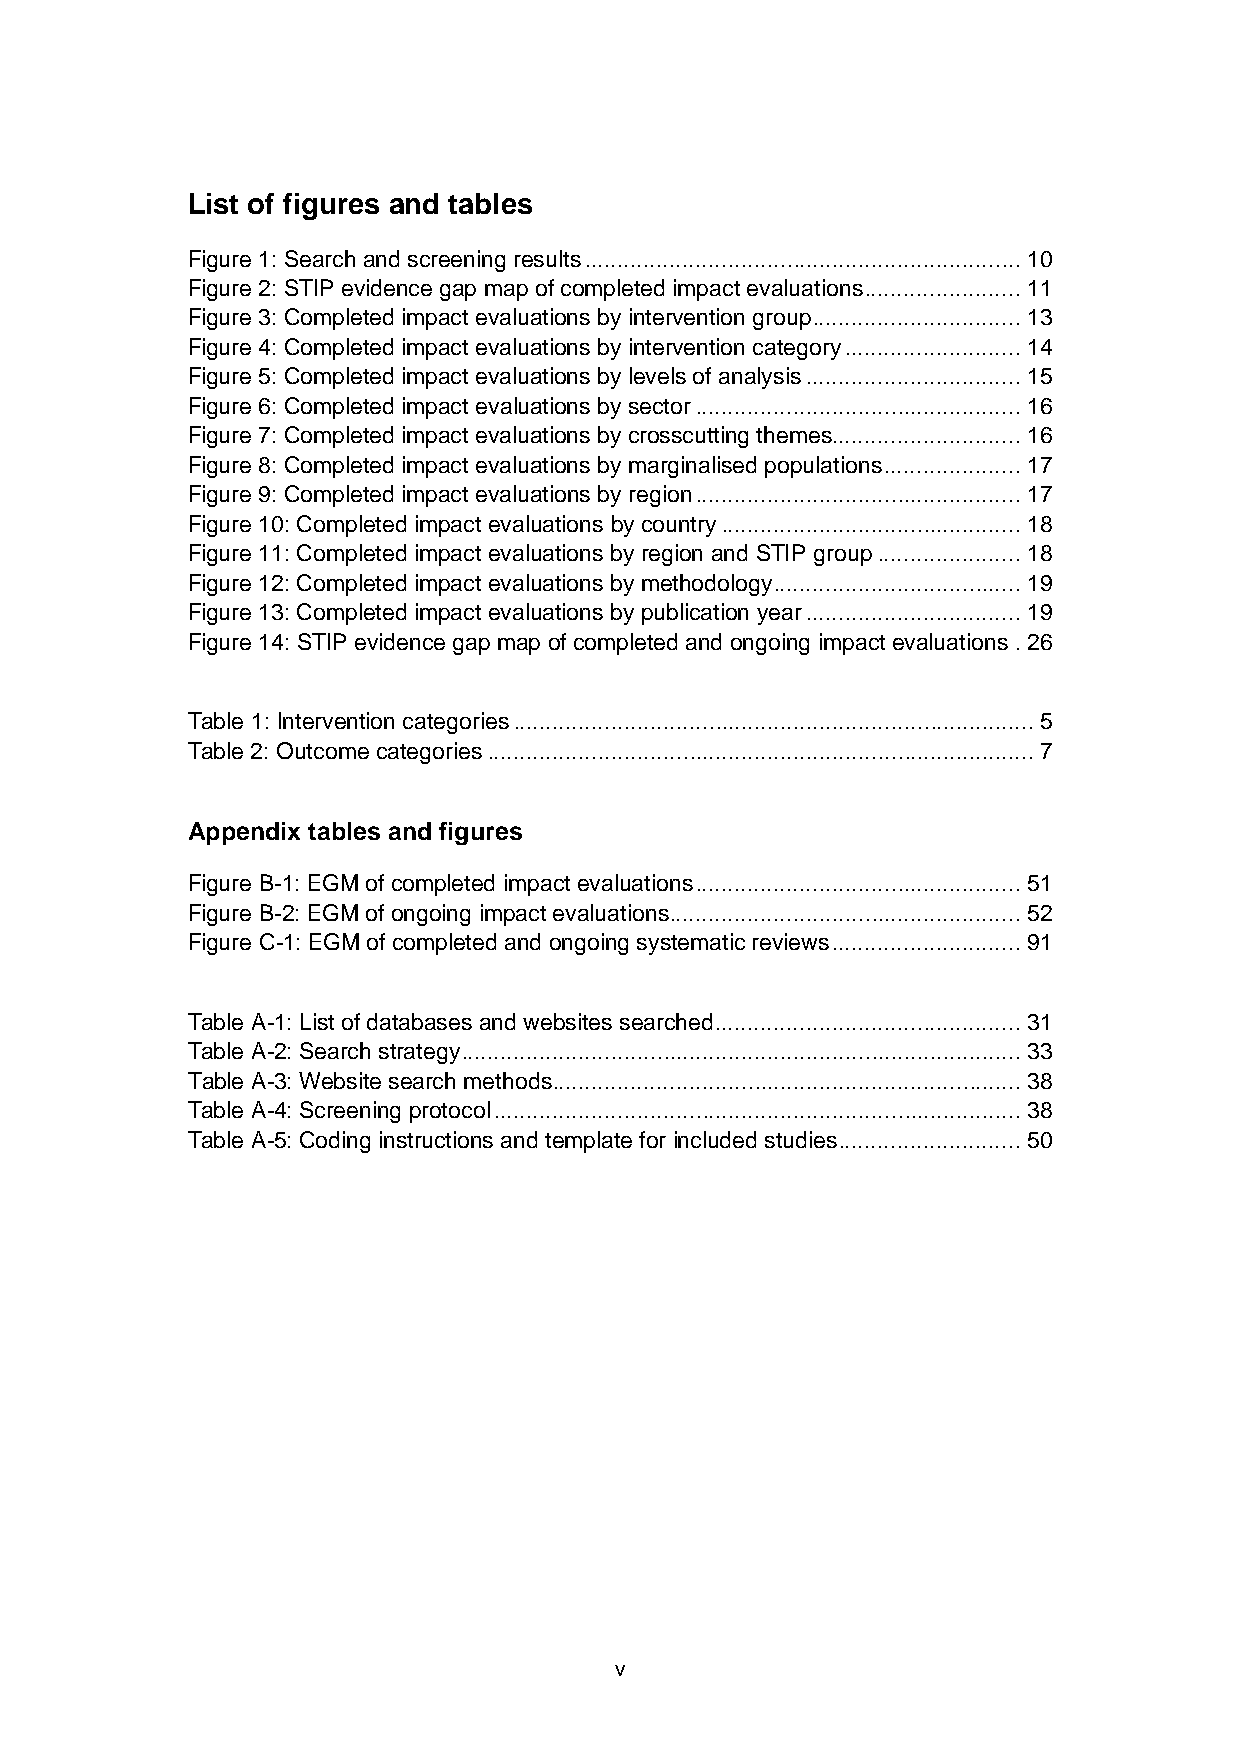
List of figures and tables
 Figure 1: Search and screening results ................................................................... 10
 Figure 2: STIP evidence gap map of completed impact evaluations ........................ 11
 Figure 3: Completed impact evaluations by intervention group ................................ 13
 Figure 4: Completed impact evaluations by intervention category ........................... 14
 Figure 5: Completed impact evaluations by levels of analysis ................................. 15
 Figure 6: Completed impact evaluations by sector .................................................. 16
 Figure 7: Completed impact evaluations by crosscutting themes............................. 16
 Figure 8: Completed impact evaluations by marginalised populations ..................... 17
 Figure 9: Completed impact evaluations by region .................................................. 17
 Figure 10: Completed impact evaluations by country .............................................. 18
 Figure 11: Completed impact evaluations by region and STIP group ...................... 18
 Figure 12: Completed impact evaluations by methodology ...................................... 19
 Figure 13: Completed impact evaluations by publication year ................................. 19
 Figure 14: STIP evidence gap map of completed and ongoing impact evaluations . 26
 Table 1: Intervention categories ................................................................................ 5
 Table 2: Outcome categories .................................................................................... 7
 Appendix tables and figures
 Figure B-1: EGM of completed impact evaluations .................................................. 51
 Figure B-2: EGM of ongoing impact evaluations ...................................................... 52
 Figure C-1: EGM of completed and ongoing systematic reviews ............................. 91
 Table A-1: List of databases and websites searched ............................................... 31
 Table A-2: Search strategy ...................................................................................... 33
 Table A-3: Website search methods ........................................................................ 38
 Table A-4: Screening protocol ................................................................................. 38
 Table A-5: Coding instructions and template for included studies ............................ 50
 v